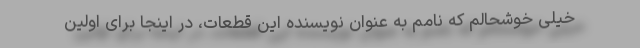
خیلی خوشحالم که نامم به عنوان نویسنده این قطعات، در اینجا برای اولین